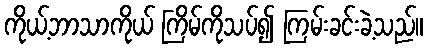
ကိုယ့်ဘာသာကိုယ် ကြိမ်ကိုသပ်၍ ကြမ်းခင်းခဲ့သည်။